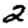
Digit: 2